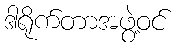
ဒါရိုက်တာအဖွဲ့ဝင်